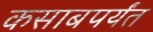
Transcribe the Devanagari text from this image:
कसाबपर्यंत